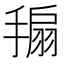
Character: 𢲒